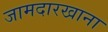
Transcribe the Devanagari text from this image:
जामदारखाना